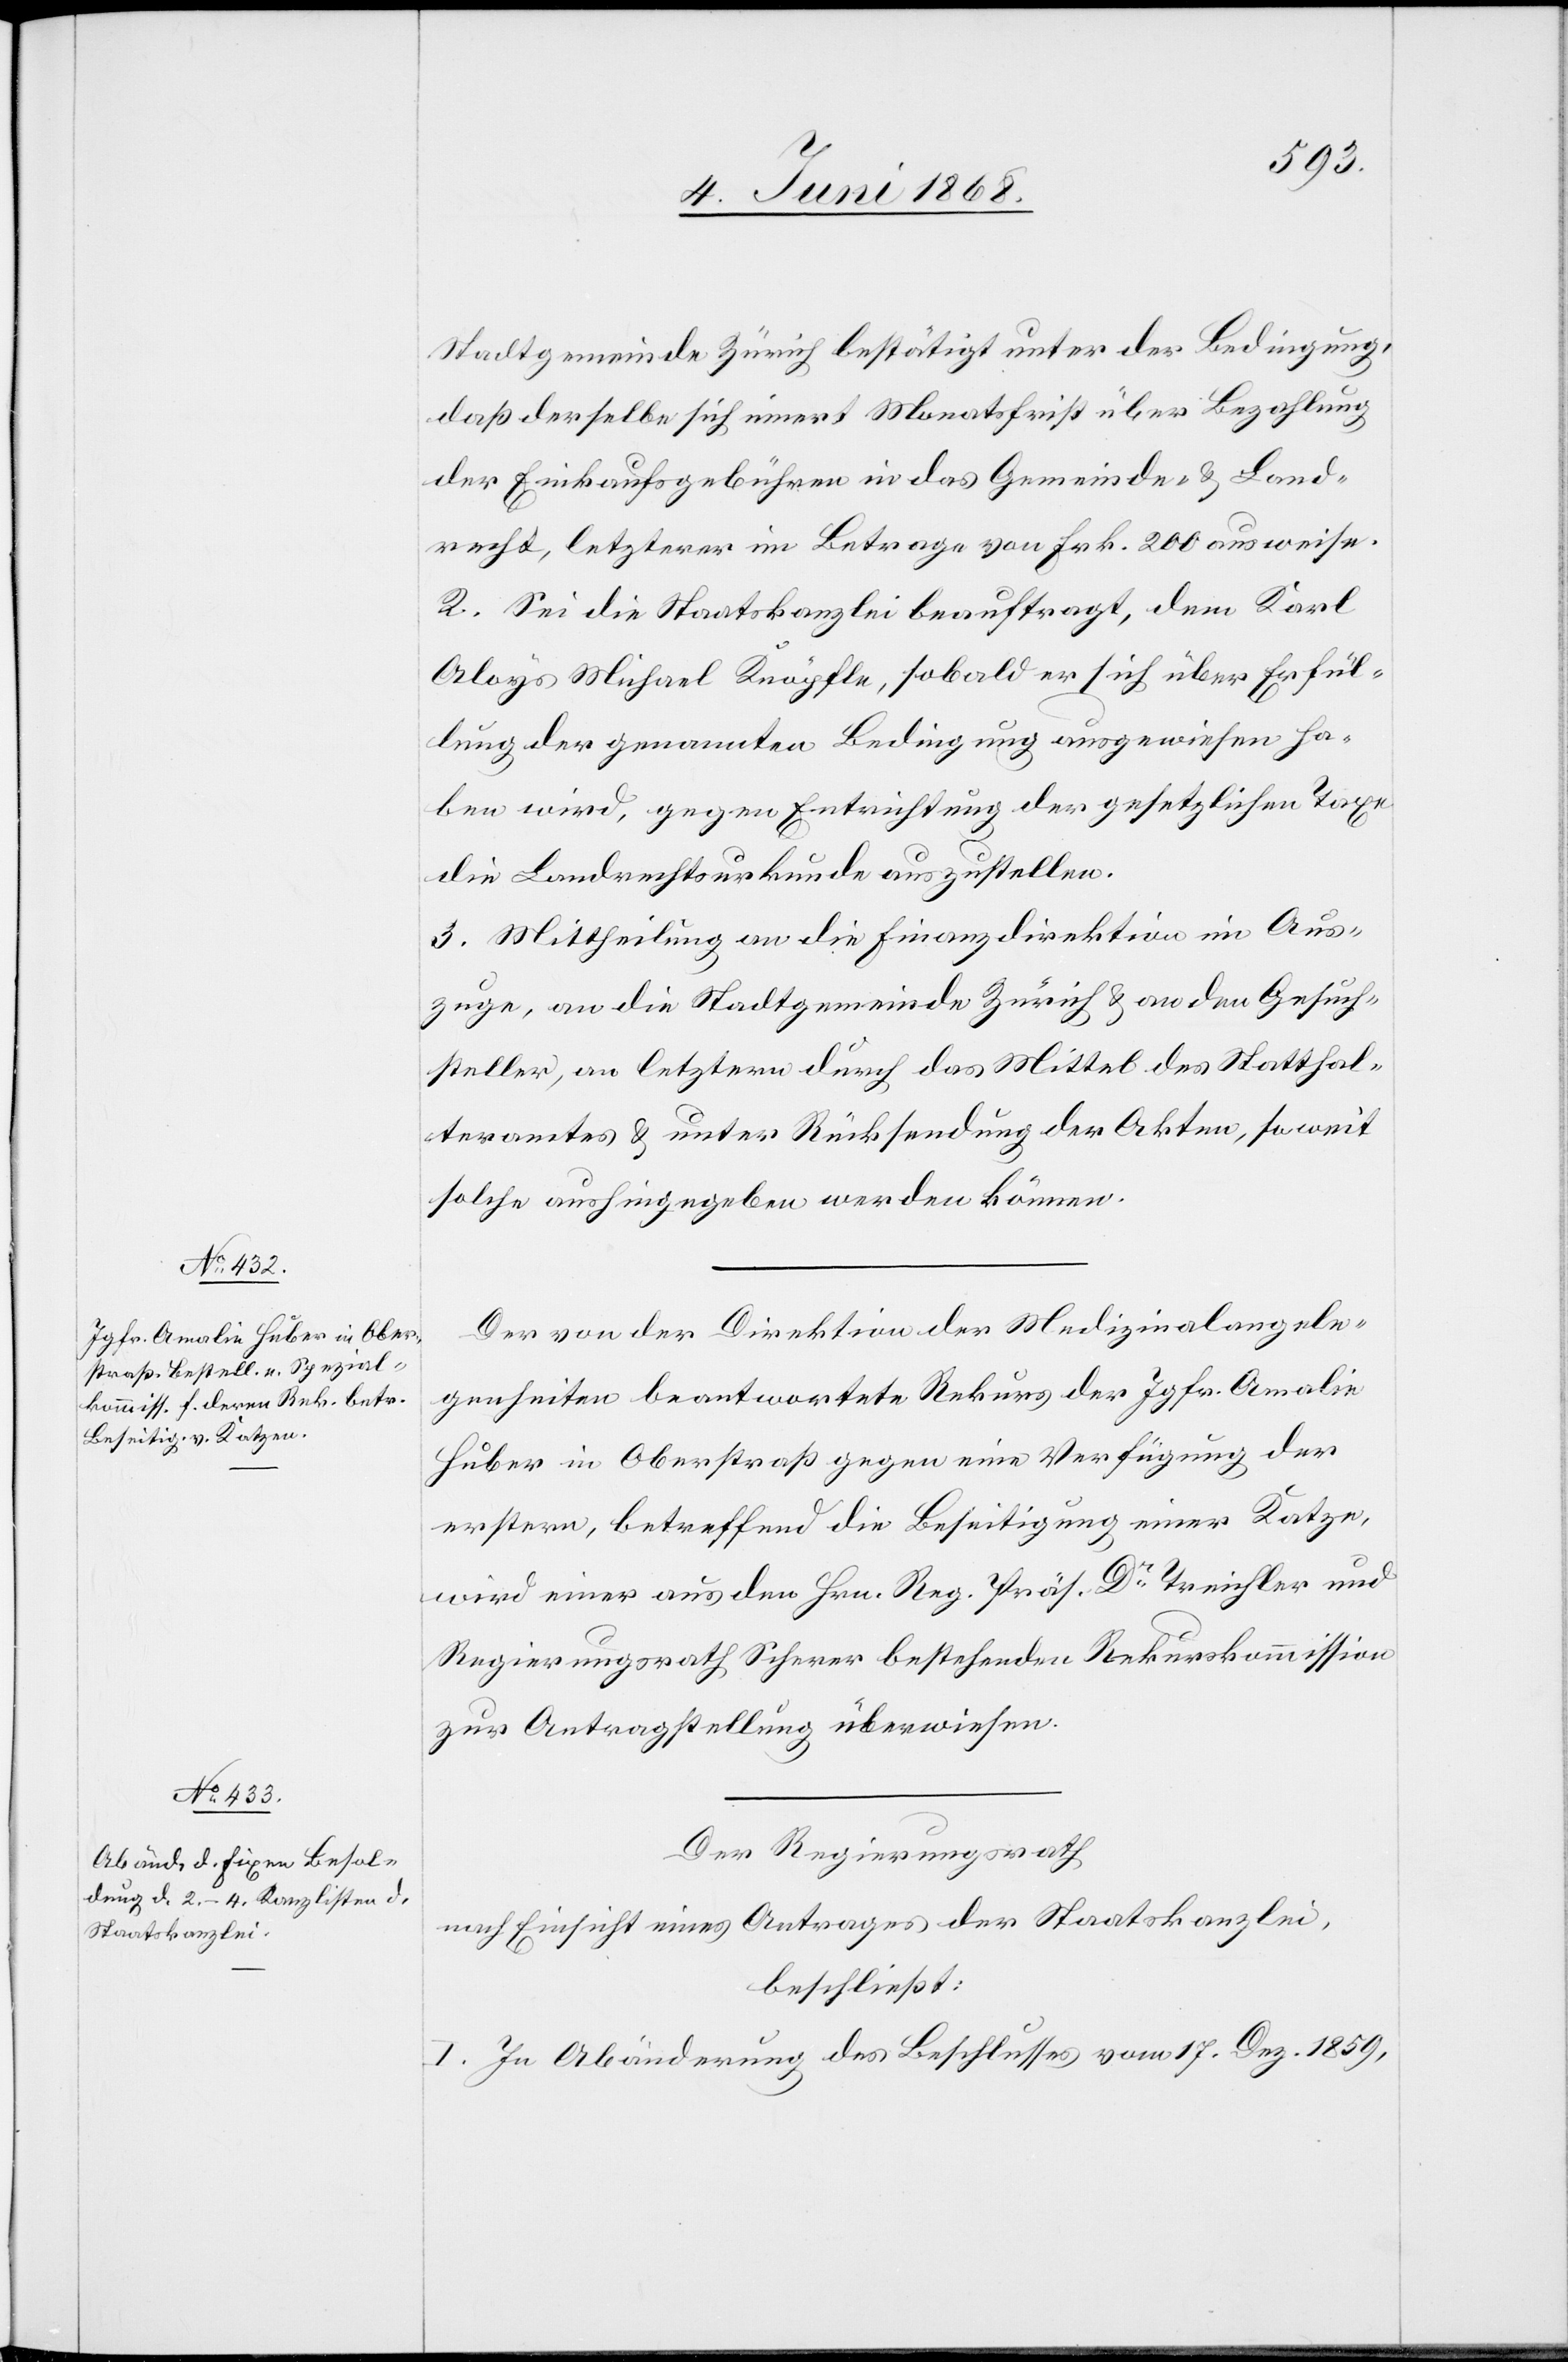
Stadtgemeinde Zürich bestätigt unter der Bedingung,
daß derselbe sich innert Monatsfrist über Bezahlung
der Einkaufsgebühren in das Gemeinde- & Land¬
recht, letzterer im Betrage von Frk. 200 ausweise.
2. Sei die Staatskanzlei beauftragt, dem Karl
Aloys Michael Knöpfle, sobald er sich über Erfül¬
lung der genannten Bedingung ausgewiesen ha¬
ben wird, gegen Entrichtung der gesetzlichen Taxe
die Landrechtsurkunde auszustellen.
3. Mittheilung an die Finanzdirektion im Aus¬
zuge, an die Stadtgemeinde Zürich & an den Gesuch¬
steller, an letztern durch das Mittel des Statthal¬
teramtes & unter Rücksendung der Akten, soweit
solche aushingegeben werden können.
Der von der Direktion der Medizinalangele¬
genheiten beantwortete Rekurs der Jgfr. Amalie
Huber in Oberstraß gegen eine Verfügung der
erstern, betreffend die Beseitigung einer Katze,
wird einer aus den Hrn. Reg. Präs. Dr. Treichler und
Regierungsrath Scherer bestehenden Rekurskommission
zur Antragstellung überwiesen.
Der Regierungsrath
nach Einsicht eines Antrages der Staatskanzlei,
beschließt:
I. In Abänderung des Beschlusses vom 17. Dez. 1859,